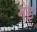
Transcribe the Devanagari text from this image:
नेइ